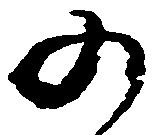
の